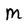
Character: M